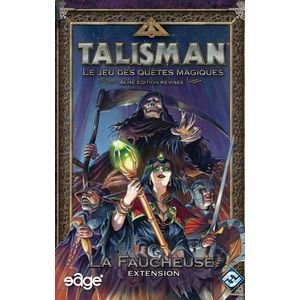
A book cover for Talisman: Reaper Expansion; Humor & Entertainment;